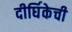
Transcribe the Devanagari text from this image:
दीर्घिकेची